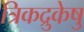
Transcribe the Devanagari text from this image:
त्रिकद्रुकेषु